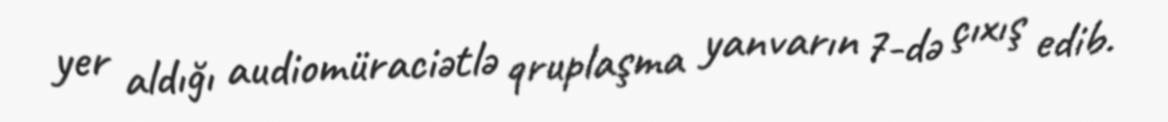
yer aldığı audiomüraciətlə qruplaşma yanvarın 7-də çıxış edib.